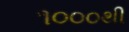
૧૦૦૦થી